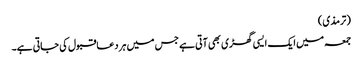
(ترمذی)
جمعہ میں ایک ایسی گھڑی بھی آتی ہے جس میں ہر دعاقبول کی جاتی ہے۔